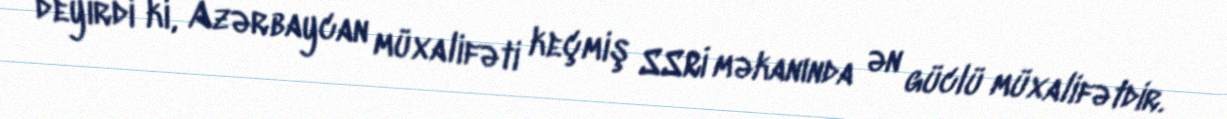
deyirdi ki, Azərbaycan müxalifəti keçmiş SSRİ məkanında ən güclü müxalifətdir.